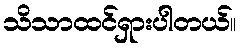
သိသာထင်ရှားပါတယ်။